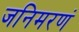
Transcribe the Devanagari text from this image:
जनिमरणं